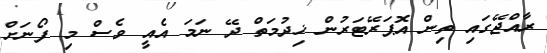
ރާއްޖޭގައި ތިން އޮޕަރޭޓަރުން ޚިދުމަތް ދޭ ނަމަ އެއީ ވެސް މި ފޯނަށް